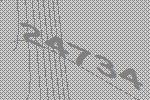
24734